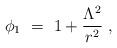
LaTeX: \begin{align*}\phi_1\ =\ 1+\frac{\Lambda^2}{r^2} \ ,\end{align*}